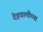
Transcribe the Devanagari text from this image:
देहवालीच्या